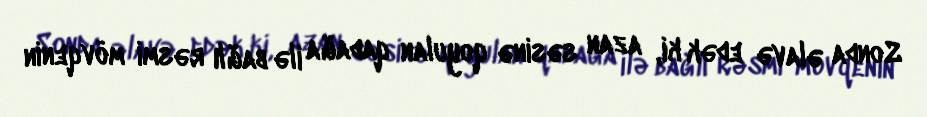
Sonda əlavə edək ki, azan səsinə qoyulan qadağa ilə bağlı rəsmi mövqenin